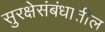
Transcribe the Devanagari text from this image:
सुरक्षेसंबंधातील